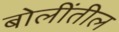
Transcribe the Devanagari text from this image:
बोलींतील